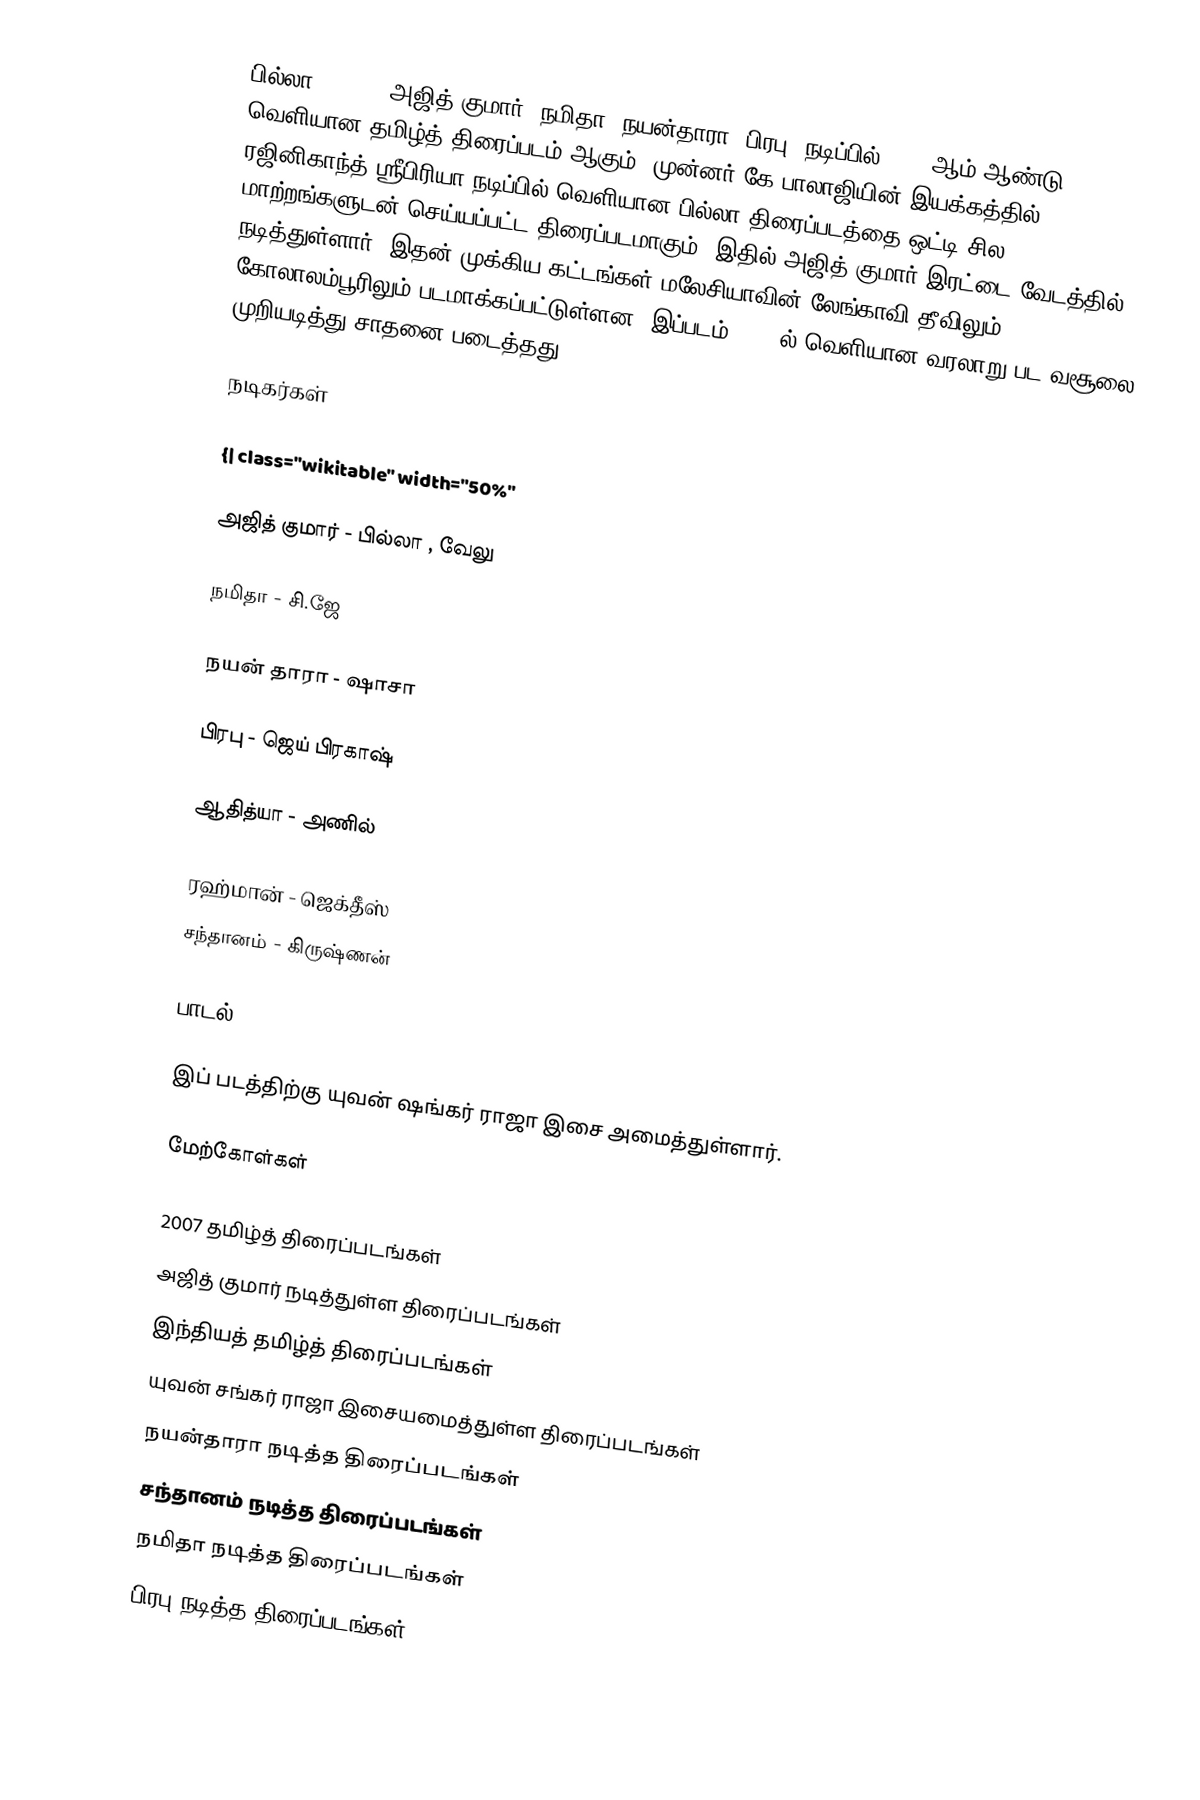
பில்லா (Billa) அஜித் குமார், நமிதா, நயன்தாரா, பிரபு, நடிப்பில் 2007 ஆம் ஆண்டு வெளியான தமிழ்த் திரைப்படம் ஆகும். முன்னர் கே.பாலாஜியின் இயக்கத்தில் ரஜினிகாந்த் ஸ்ரீபிரியா நடிப்பில் வெளியான பில்லா திரைப்படத்தை ஒட்டி சில மாற்றங்களுடன் செய்யப்பட்ட திரைப்படமாகும். இதில் அஜித் குமார் இரட்டை வேடத்தில் நடித்துள்ளார். இதன் முக்கிய கட்டங்கள்  மலேசியாவின் லேங்காவி தீவிலும், கோலாலம்பூரிலும் படமாக்கப்பட்டுள்ளன. இப்படம் 2006-ல் வெளியான வரலாறு பட வசூலை முறியடித்து சாதனை படைத்தது.

நடிகர்கள்

{| class="wikitable" width="50%"

 அஜித் குமார் - பில்லா , வேலு

 நமிதா - சி.ஜே

 நயன் தாரா - ஷாசா

 பிரபு - ஜெய் பிரகாஷ்

 ஆதித்யா - அணில்

 ரஹ்மான் - ஜெக்தீஸ்
 சந்தானம் - கிருஷ்ணன்

பாடல்

இப் படத்திற்கு யுவன் ஷங்கர் ராஜா இசை அமைத்துள்ளார்.

மேற்கோள்கள்

2007 தமிழ்த் திரைப்படங்கள்
அஜித் குமார் நடித்துள்ள திரைப்படங்கள்
இந்தியத் தமிழ்த் திரைப்படங்கள்
யுவன் சங்கர் ராஜா இசையமைத்துள்ள திரைப்படங்கள்
நயன்தாரா நடித்த திரைப்படங்கள்
சந்தானம் நடித்த திரைப்படங்கள்
நமிதா நடித்த திரைப்படங்கள்
பிரபு நடித்த திரைப்படங்கள்